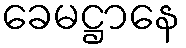
ခေမဋ္ဌာနေ